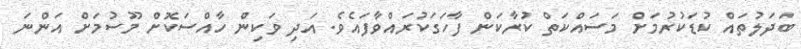
ބަދަލުތައް ކުޑަކުރުމަށް މަސައްކަތް ކުރާކަން ފާހަގަކުރައްވާފައެވެ. އަދި ވަކިން ހާއްސަކޮށް މޫސުމަށް އަންނަ